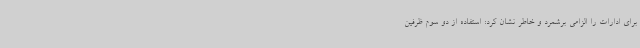
برای ادارات را الزامی برشمرد و خاطر نشان کرد: استفاده از دو سوم ظرفین